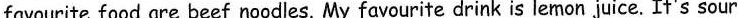
favourite food are beef noodles. My favourite drink is lemon juice. It's sour